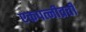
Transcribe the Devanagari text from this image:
एकपत्नीव्रती